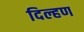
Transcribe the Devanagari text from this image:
दिल्हण